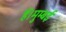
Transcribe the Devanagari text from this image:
हैं।मुम्बई